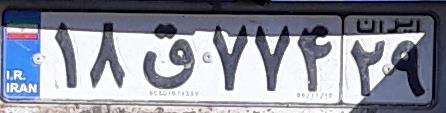
۱۸ق۷۷۴۲۹